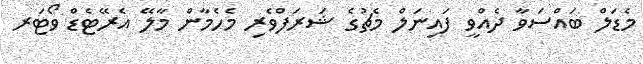
މެޑަލް ބައްސަވާ ދެއްވީ ފައިނަލް މެޗުގެ ޝަރަފްވެރި މެހެމާން މާލޭ އެރޭޓެޑް ވޯޓަރ